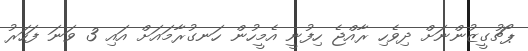
ޕޯޗުގީޒުންނަށް ދިވެހި ރާއްޖެ ހިފުނީ އެމީހުން ހަނގުރާމައަށް އައި 3 ވަނަ ފަހަރު